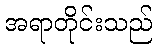
အရာတိုင်းသည်